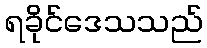
ရခိုင်ဒေသသည်